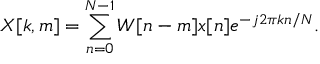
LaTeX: X [ k , m ] = \sum _ { n = 0 } ^ { N - 1 } W [ n - m ] x [ n ] e ^ { - j 2 \pi k n / N } .